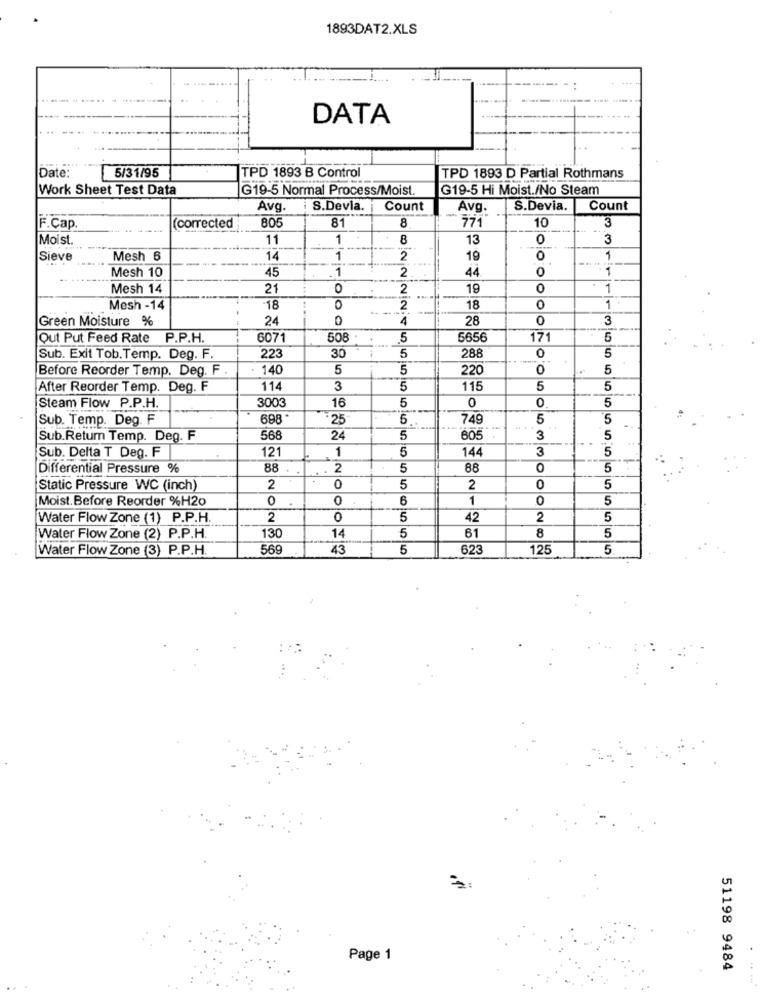
1893DAT2.XLS
DATA
Date:
5/31/95
TPD 1893 B Control
TPD 1893 D Partial Rothmans
Work Sheet Test Data
G19-5 Normal Process/Moist.
G19-5 Hi Moist./No Steam
Avg.
i S.Devia.
Count
Avg.
S.Devia.
Count
805
8
F.Cap
(corrected
81
10
3
|Moist
11
1
8
13
0
3
Sieve
Mesh 6
14
1
2
19
1
Mesh 10
.1
44
0
1
45
2
Mesh 14
21
0
2
19
0
1
Mesh -14
18
0
2
18
0
1
Green Moisture %
24
4
28
0
3
Out Put Feed Rate P.P.H.
6071
508
5
5656
171
5
30
288
5
Sub. Exit Tob.Temp. Deg. F.
223
5
0
Before Reorder Temp. Deg. F
: 140
5
5
220
0
5
After Reorder Temp. Deg. F
114
3
5
115
5
5
3003
16
5
0
0
5
Steam Flow P.P.H.
Sub. Temp. Deg. F
698 *
:25
5
749
5
5
Sub.Return Temp. Deg. F
568
24
5
605
3
5
Sub. Delta T Deg. F
121
1
5
144
5
3
Differential Pressure %
88
2
5
88
0
5
Static Pressure WC (inch)
2
0
5
2
0
5
Moist. Before Reorder %H20
0
0
6
1
0
5
Water Flow Zone (1) P.P.H.
2
0
5
42
2
5
Water Flow Zone (2) P.P.H.
130
14
5
61
8
5
Water Flow Zone (3) P.P.H.
569
43
5
623
125
5
Page 1
51198 9484